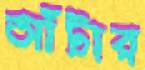
আঁটার